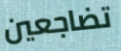
تضاجعين